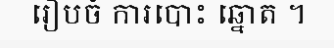
រៀបចំ ការបោះ ឆ្នោត ។